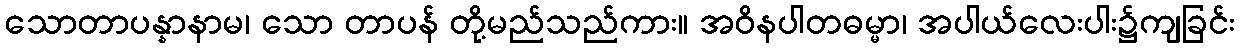
သောတာပန္နာနာမ၊ သော တာပန် တို့မည်သည်ကား။ အဝိနပါတဓမ္မာ၊ အပါယ်လေးပါး၌ကျခြင်း